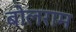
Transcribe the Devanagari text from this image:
बोलराम